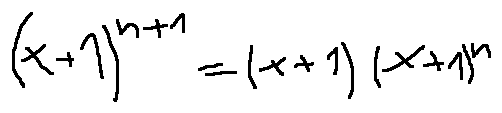
( x + 1 ) ^ { n + 1 } = ( x + 1 ) ( x + 1 ) ^ { n }